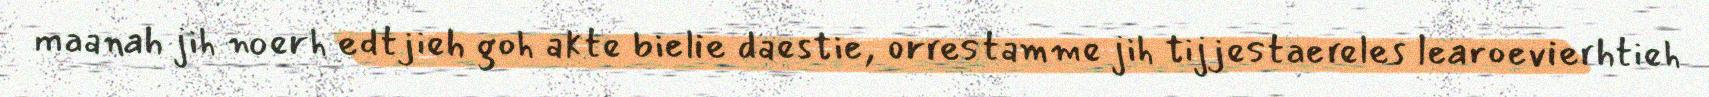
maanah jih noerh edtjieh goh akte bielie daestie, orrestamme jih tijjestaereles learoevierhtieh